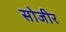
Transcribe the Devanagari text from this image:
सोजीर